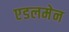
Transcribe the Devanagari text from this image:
एडलमेन